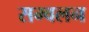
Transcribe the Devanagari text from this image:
सम्वलन